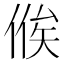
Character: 𬾴